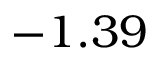
- 1 . 3 9